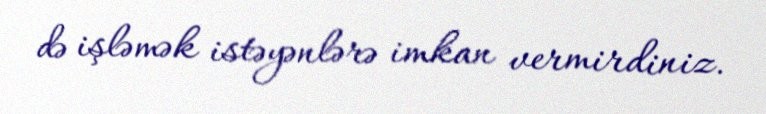
də işləmək istəyənlərə imkan vermirdiniz.